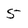
Character: 5